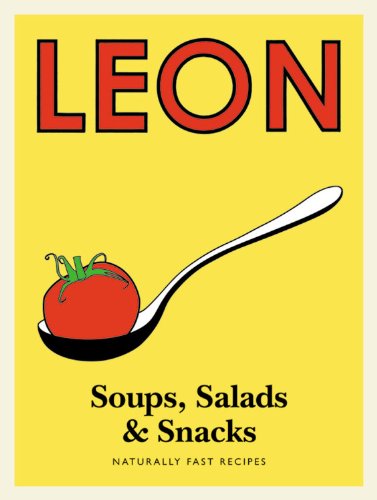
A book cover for Leon Soups, Salads & Snacks; Cookbooks, Food & Wine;